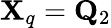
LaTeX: {\mathbf X}_{q}={\mathbf Q}_{2}